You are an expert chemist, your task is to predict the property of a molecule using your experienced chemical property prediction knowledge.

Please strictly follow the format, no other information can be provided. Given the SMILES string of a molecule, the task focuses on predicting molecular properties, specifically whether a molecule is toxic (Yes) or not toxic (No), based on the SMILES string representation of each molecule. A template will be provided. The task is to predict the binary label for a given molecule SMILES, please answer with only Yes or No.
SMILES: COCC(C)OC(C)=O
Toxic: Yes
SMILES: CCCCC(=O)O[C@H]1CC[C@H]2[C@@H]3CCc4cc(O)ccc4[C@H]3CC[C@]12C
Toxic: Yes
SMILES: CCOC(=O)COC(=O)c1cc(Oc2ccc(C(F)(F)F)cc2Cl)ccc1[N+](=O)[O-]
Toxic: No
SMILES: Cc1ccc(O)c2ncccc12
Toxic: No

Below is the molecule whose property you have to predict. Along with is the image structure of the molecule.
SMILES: C=CC(=O)NC(C)(C)C
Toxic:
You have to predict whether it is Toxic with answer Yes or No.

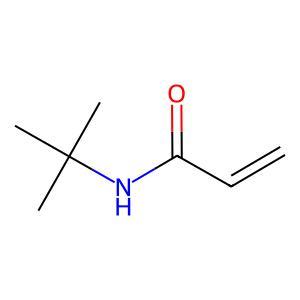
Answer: No